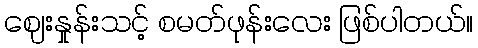
ဈေးနှုန်းသင့် စမတ်ဖုန်းလေး ဖြစ်ပါတယ်။